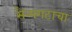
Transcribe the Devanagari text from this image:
सैन्यगटाचा